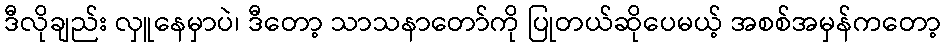
ဒီလိုချည်း လှူနေမှာပဲ၊ ဒီတော့ သာသနာတော်ကို ပြုတယ်ဆိုပေမယ့် အစစ်အမှန်ကတော့